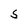
Character: S